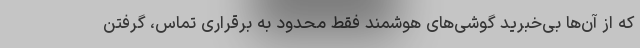
که از آن‌ها بی‌خبرید گوشی‌های هوشمند فقط محدود به برقراری تماس، گرفتن